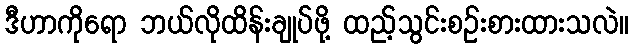
ဒီဟာကိုရော ဘယ်လိုထိန်းချုပ်ဖို့ ထည့်သွင်းစဉ်းစားထားသလဲ။